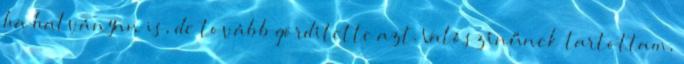
ha halványan is, de tovább gördítette azt. Valószínűnek tartottam,